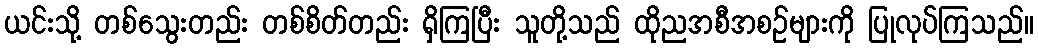
ယင်းသို့ တစ်သွေးတည်း တစ်စိတ်တည်း ရှိကြပြီး သူတို့သည် ထိုညအစီအစဉ်များကို ပြုလုပ်ကြသည်။